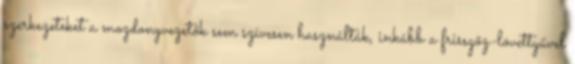
szerkezeteket a mozdonyvezetők sem szívesen használták, inkább a frissgőz-lövettyűvel